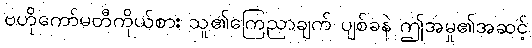
ဗဟိုကော်မတီကိုယ်စား သူ၏ကြေညာချက် ပျစ်ခနဲ ဤအမှု၏အဆင့်